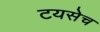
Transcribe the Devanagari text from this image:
टयसेच